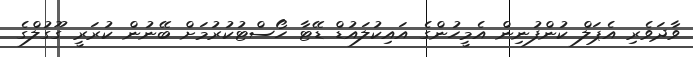
ވާދަވެރި އެޕަލް ކުންފުނިން އެމީހުންގެ އައިކުލައުޑް ޑޭޓާ ހޯސްޓުކުރުމަށް ބޭނުން ކުރަރީ ގޫގުލްގެ